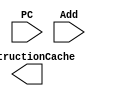
module PCArith(PC, Add, InstructionCache);

	input PC, Add;
	output InstructionCache;
	
	 
endmodule